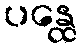
ပန္ထေ